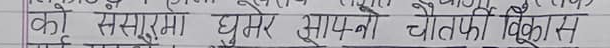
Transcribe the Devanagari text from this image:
को ससुरेमा घुमेर आफ्नो चौतर्फी विकास